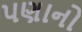
પણાનો